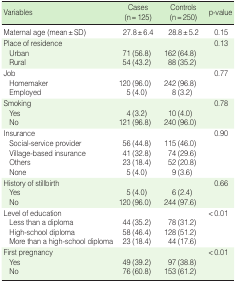
| Variables | Cases (n=125) | Controls (n=250) | p-value |
 | --- | --- | --- | --- |
 | Maternal age (mean±SD) | 27.8±6.4 | 28.8±5.2 | 0.15 |
 | Place of residence |  |  | 0.13 |
 | Urban | 71 (56.8) | 162 (64.8) |  |
 | Rural | 54 (43.2) | 88 (35.2) |  |
 | Job |  |  | 0.77 |
 | Homemaker | 120 (96.0) | 242 (96.8) |  |
 | Employed | 5 (4.0) | 8(3.2) |  |
 | Smoking |  |  | 0.78 |
 | Yes | 4(3.2) | 10 (4.0) |  |
 | No | 121 (96.8) | 240 (96.0) |  |
 | Insurance |  |  | 0.90 |
 | Social-service provider | 56 (44.8) | 115 (46.0) |  |
 | Village-based insurance | 41 (32.8) | 74 (29.6) |  |
 | Others | 23 (18.4) | 52 (20.8) |  |
 | None | 5 (4.0) | 9 (3.6) |  |
 | History of stillbirth |  |  | 0.66 |
 | Yes | 5 (4.0) | 6 (2.4) |  |
 | No | 120 (96.0) | 244 (97.6) |  |
 | Level of education |  |  | <0.01 |
 | Less than a diploma | 44 (35.2) | 78 (31.2) |  |
 | High-school diploma | 58 (46.4) | 128 (51.2) |  |
 | More than a high-school diploma | 23 (18.4) | 44 (17.6) |  |
 | First pregnancy |  |  | <0.01 |
 | Yes | 49 (39.2) | 97 (38.8) |  |
 | No | 76 (60.8) | 153 (61.2) |  |